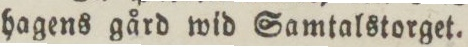
hagens gård wid Samtalstorget.